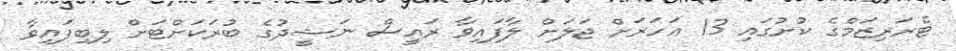
ޓެރަރިޒަމްގެ ކުށުގައި 13 އަހަރަށް ޖަލަށް ލާފައިވާ ރައީސް ނަޝީދުގެ ބުރަކަށްޓަށް ލިބިފައިވާ